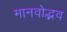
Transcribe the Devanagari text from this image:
मानवोद्भव